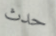
حدث